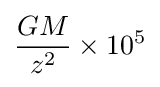
{GM \over z^{2}}\times 10^{5}